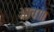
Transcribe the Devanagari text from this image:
आवा॥